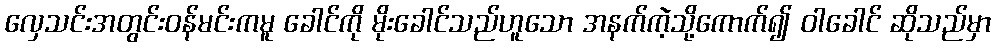
လှေသင်းအတွင်းဝန်မင်းကမူ ခေါင်ကို မိုးခေါင်သည်ဟူသော အနက်ကဲ့သို့ကောက်၍ ဝါခေါင် ဆိုသည်မှာ